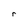
Character: r